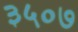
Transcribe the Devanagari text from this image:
३५०७